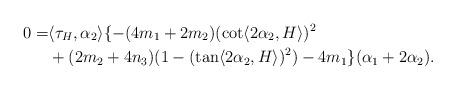
LaTeX: \begin{align*}0=&\langle \tau_{H}, \alpha_{2} \rangle \{ -(4m_{1}+2m_{2})(\cot \langle 2\alpha_{2}, H\rangle )^{2} \\& +(2m_{2}+4n_{3})(1-(\tan \langle 2\alpha_{2}, H\rangle )^{2})-4m_{1} \}(\alpha_{1}+2\alpha_{2}).\end{align*}